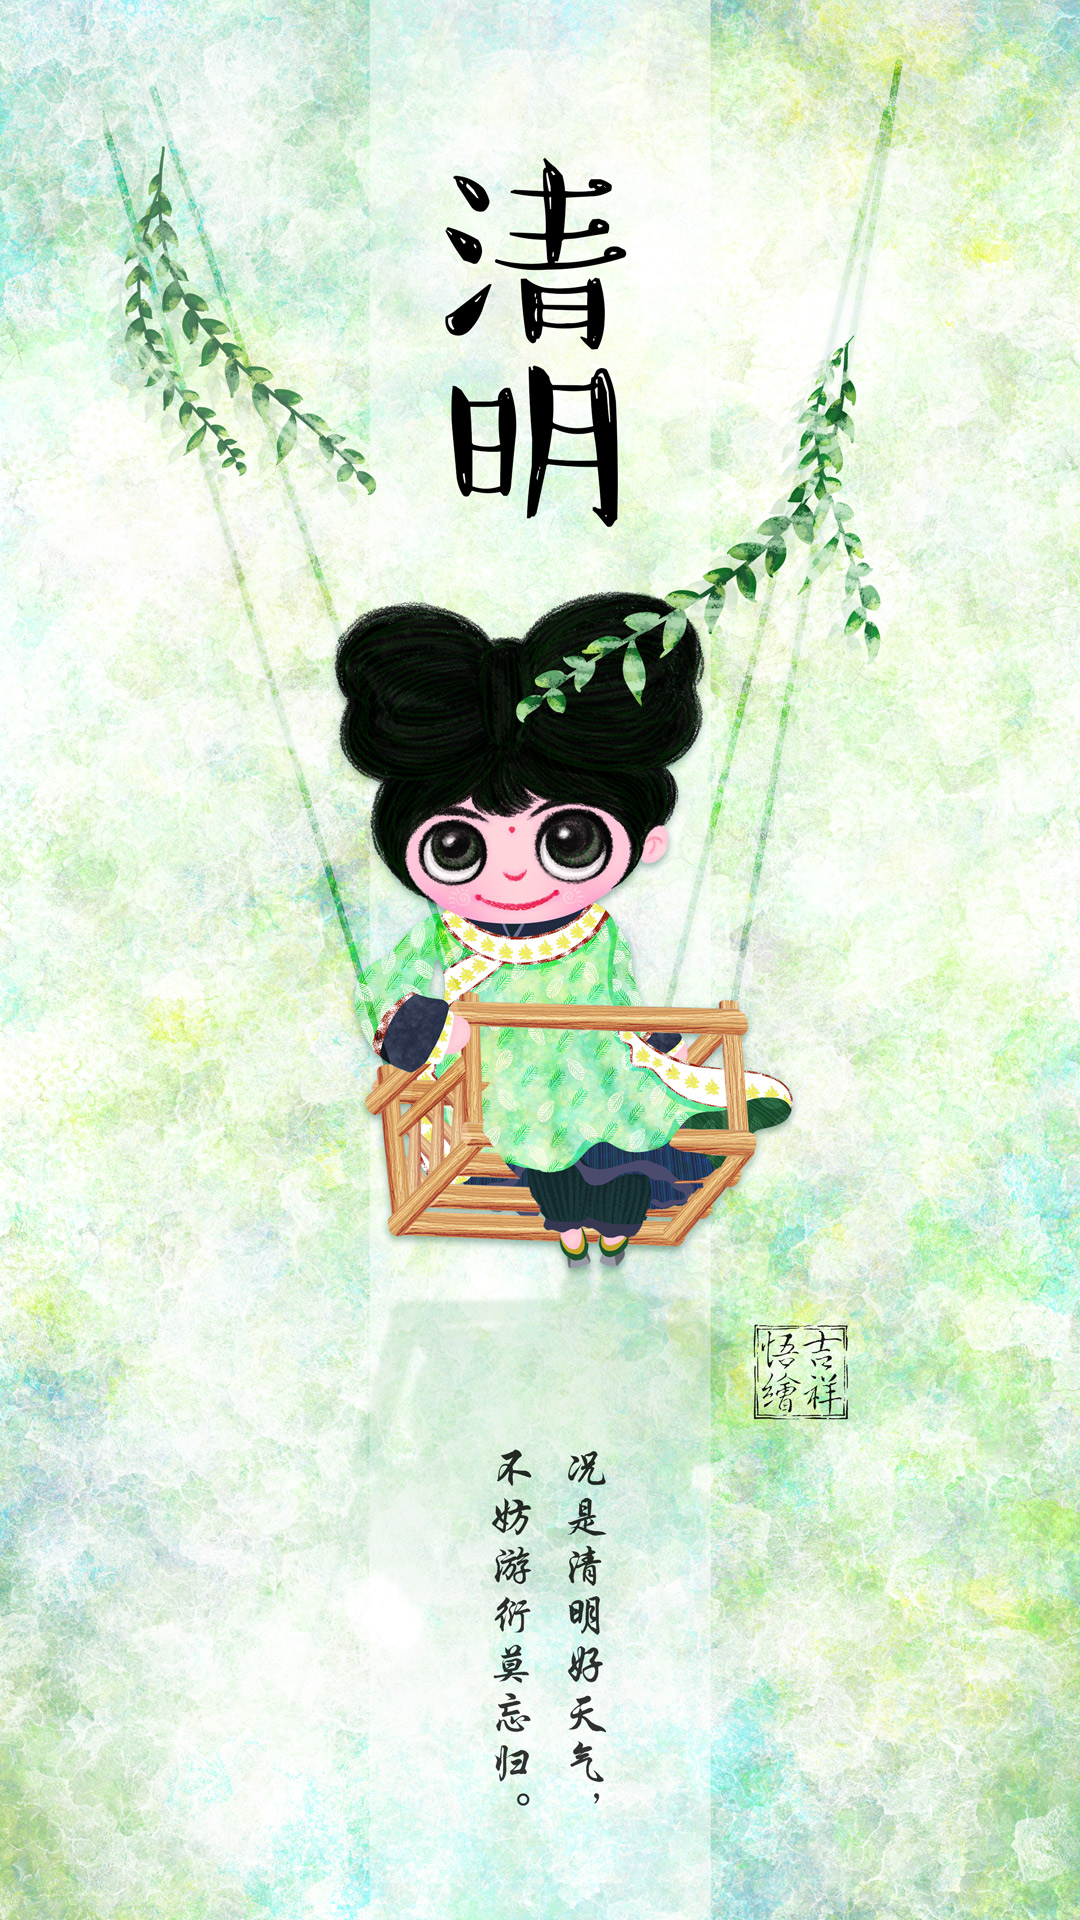
况是清明好天气，不妨游衍莫忘归。